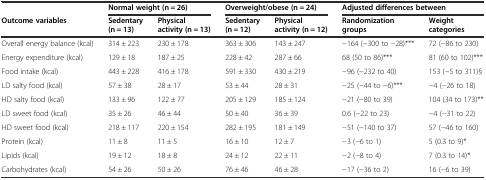
<table><thead><tr><td></td><td colspan="2"><b>Normal weight (n = 26)</b></td><td colspan="2"><b>Overweight/obese (n = 24)</b></td><td colspan="2"><b>Adjusted differences between</b></td></tr><tr><td><b>Outcome variables</b></td><td><b>Sedentary (n = 13)</b></td><td><b>Physical activity (n = 13)</b></td><td><b>Sedentary (n = 12)</b></td><td><b>Physical activity (n = 12)</b></td><td><b>Randomization groups</b></td><td><b>Weight categories</b></td></tr></thead><tbody><tr><td>Overall energy balance (kcal)</td><td>314 ± 223</td><td>230 ± 178</td><td>363 ± 306</td><td>143 ± 247</td><td>−164 (−300 to −28)***</td><td>72 (−86 to 230)</td></tr><tr><td>Energy expenditure (kcal)</td><td>129 ± 18</td><td>187 ± 25</td><td>228 ± 42</td><td>287 ± 66</td><td>68 (50 to 86)***</td><td>81 (60 to 102)***</td></tr><tr><td>Food intake (kcal)</td><td>443 ± 228</td><td>416 ± 178</td><td>591 ± 330</td><td>430 ± 219</td><td>−96 (−232 to 40)</td><td>153 (−5 to 311)§</td></tr><tr><td>LD salty food (kcal)</td><td>57 ± 38</td><td>28 ± 17</td><td>53 ± 44</td><td>28 ± 31</td><td>−25 (−44 to −6)***</td><td>−4 (−26 to 18)</td></tr><tr><td>HD salty food (kcal)</td><td>133 ± 96</td><td>122 ± 77</td><td>205 ± 129</td><td>185 ± 124</td><td>−21 (−80 to 39)</td><td>104 (34 to 173)**</td></tr><tr><td>LD sweet food (kcal)</td><td>35 ± 26</td><td>46 ± 44</td><td>50 ± 40</td><td>36 ± 39</td><td>0.6 (−22 to 23)</td><td>−4 (−31 to 22)</td></tr><tr><td>HD sweet food (kcal)</td><td>218 ± 117</td><td>220 ± 154</td><td>282 ± 195</td><td>181 ± 149</td><td>−51 (−140 to 37)</td><td>57 (−46 to 160)</td></tr><tr><td>Protein (kcal)</td><td>11 ± 8</td><td>11 ± 5</td><td>16 ± 10</td><td>12 ± 7</td><td>−3 (−6 to 1)</td><td>5 (0.3 to 9)*</td></tr><tr><td>Lipids (kcal)</td><td>19 ± 12</td><td>18 ± 8</td><td>24 ± 12</td><td>22 ± 11</td><td>−2 (−8 to 4)</td><td>7 (0.3 to 14)*</td></tr><tr><td>Carbohydrates (kcal)</td><td>54 ± 26</td><td>50 ± 26</td><td>76 ± 46</td><td>46 ± 28</td><td>−17 (−36 to 2)</td><td>16 (−6 to 39)</td></tr></tbody></table>